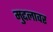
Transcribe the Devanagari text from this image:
मुद्दलावर